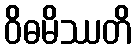
ဝိဓမိဿတိ